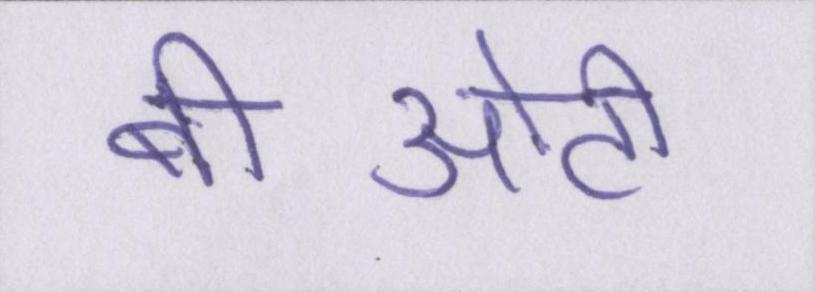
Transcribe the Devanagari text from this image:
बीओटी